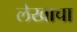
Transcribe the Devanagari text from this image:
लेेखाचा